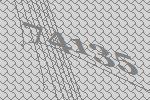
74135